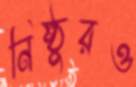
নিষ্ঠুরও